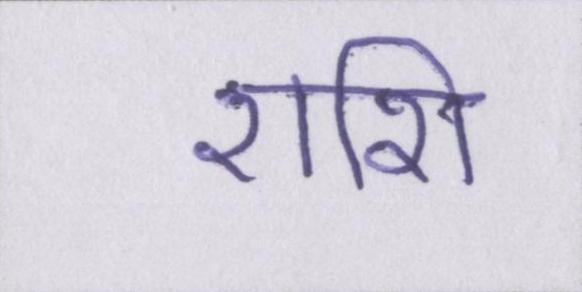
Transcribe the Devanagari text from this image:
राशि